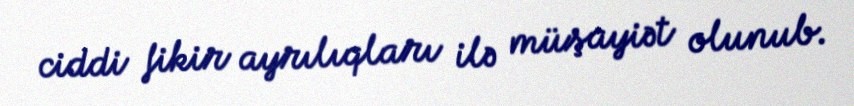
ciddi fikir ayrılıqları ilə müşayiət olunub.